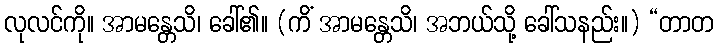
လုလင်ကို။ အာမန္တေသိ၊ ခေါ်၏။ (ကိံ အာမန္တေသိ၊ အဘယ်သို့ ခေါ်သနည်း။) “တာတ